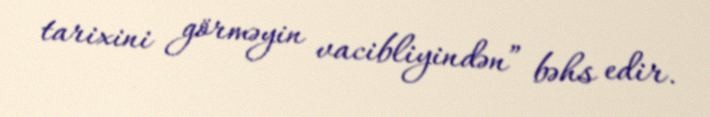
tarixini görməyin vacibliyindən” bəhs edir.